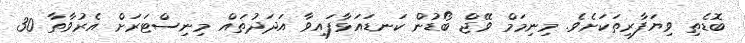
ބޮޑެތި ވިޔަފާރިތަކަށެވެ. މިނިމަމް ވޭޖް ބޯޑުން ކަނޑައަޅާފައިވާ އަދަދުތައް މިނިސްޓަރަށް އެރުވާތާ 30